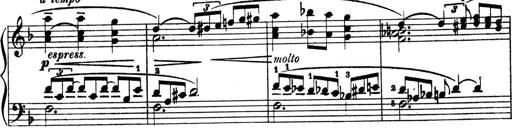
Title: 4 Sonatines
Composer: Max Reger